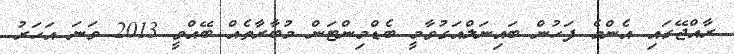
ރާއްޖޭގައި އެންމެ ފަހުން ބައިނަލްއަގުވާމީ ބެޑްމިންޓަން މުބާރާތެއް ބޭއްވީ 2013 ވަނަ އަހަރު